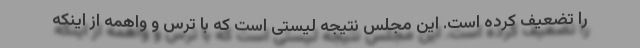
را تضعیف کرده است. این مجلس نتیجه لیستی است که با ترس و واهمه از اینکه